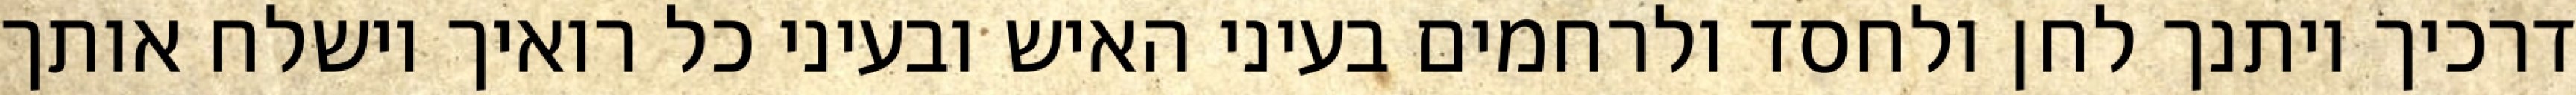
דרכיך ויתנך לחן ולחסד ולרחמים בעיני האיש ובעיני כל רואיך וישלח אותך